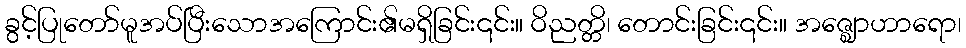
ခွင့်ပြုတော်မူအပ်ပြီးသောအကြောင်း၏မရှိခြင်း၎င်း။ ဝိညတ္တိ၊ တောင်းခြင်း၎င်း။ အဇ္ဈောဟာရော၊